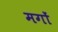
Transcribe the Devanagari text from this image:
मगों